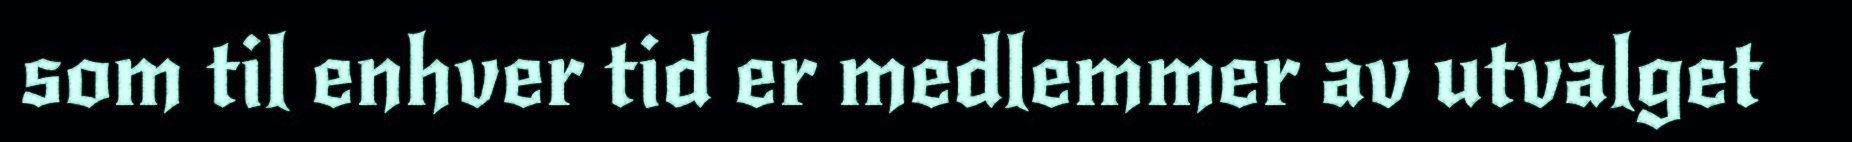
som til enhver tid er medlemmer av utvalget